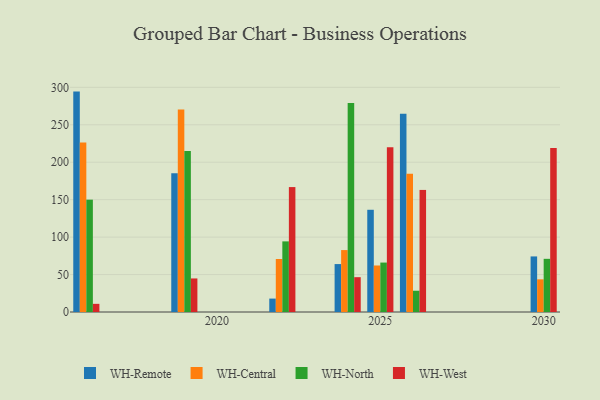
{"axis": {"x": "Year", "y": "Conversion Rate (%)"}, "legend": ["WH-Central", "WH-North", "WH-Remote", "WH-West"], "data": [{"x": "2026", "y": 264.8, "type": "WH-Remote"}, {"x": "2026", "y": 184.7, "type": "WH-Central"}, {"x": "2026", "y": 28.4, "type": "WH-North"}, {"x": "2026", "y": 163.0, "type": "WH-West"}, {"x": "2019", "y": 185.3, "type": "WH-Remote"}, {"x": "2019", "y": 270.4, "type": "WH-Central"}, {"x": "2019", "y": 215.1, "type": "WH-North"}, {"x": "2019", "y": 44.8, "type": "WH-West"}, {"x": "2025", "y": 136.5, "type": "WH-Remote"}, {"x": "2025", "y": 62.1, "type": "WH-Central"}, {"x": "2025", "y": 66.0, "type": "WH-North"}, {"x": "2025", "y": 219.9, "type": "WH-West"}, {"x": "2022", "y": 17.9, "type": "WH-Remote"}, {"x": "2022", "y": 70.8, "type": "WH-Central"}, {"x": "2022", "y": 94.3, "type": "WH-North"}, {"x": "2022", "y": 166.8, "type": "WH-West"}, {"x": "2030", "y": 74.2, "type": "WH-Remote"}, {"x": "2030", "y": 43.6, "type": "WH-Central"}, {"x": "2030", "y": 71.0, "type": "WH-North"}, {"x": "2030", "y": 219.0, "type": "WH-West"}, {"x": "2016", "y": 294.3, "type": "WH-Remote"}, {"x": "2016", "y": 226.3, "type": "WH-Central"}, {"x": "2016", "y": 150.0, "type": "WH-North"}, {"x": "2016", "y": 10.9, "type": "WH-West"}, {"x": "2024", "y": 64.0, "type": "WH-Remote"}, {"x": "2024", "y": 82.7, "type": "WH-Central"}, {"x": "2024", "y": 279.2, "type": "WH-North"}, {"x": "2024", "y": 46.5, "type": "WH-West"}]}